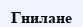
Гнилане